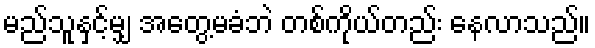
မည်သူနှင့်မျှ အတွေ့မခံဘဲ တစ်ကိုယ်တည်း နေလာသည်။